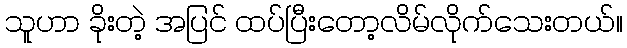
သူဟာ ခိုးတဲ့ အပြင် ထပ်ပြီးတော့လိမ်လိုက်သေးတယ်။